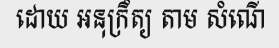
ដោយ អនុក្រឹត្យ តាម សំណើ